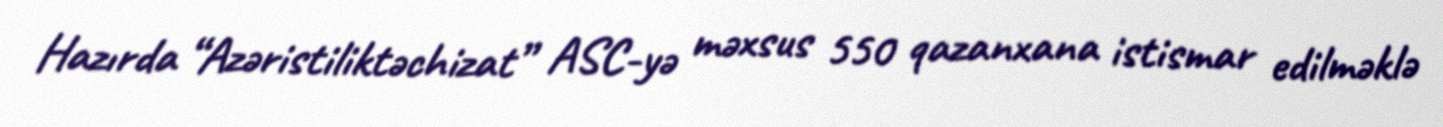
Hazırda “Azəristiliktəchizat” ASC-yə məxsus 550 qazanxana istismar edilməklə